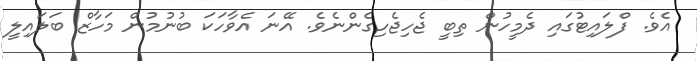
އެވެ. ފްލައިޓުގައި ދެމީހުން ތިބީ ޖެހިޖެހިގެންނެވެ. އޭނަ އެވާހަކަ ބުނުމުން މަހާޒް ބަލައިލީ